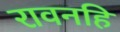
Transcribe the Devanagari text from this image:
रावनहि